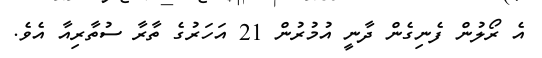
އެ ރޯލުން ފެނިގެން ދާނީ އުމުރުން 21 އަހަރުގެ ތާރާ ސުތާރިއާ އެވެ.